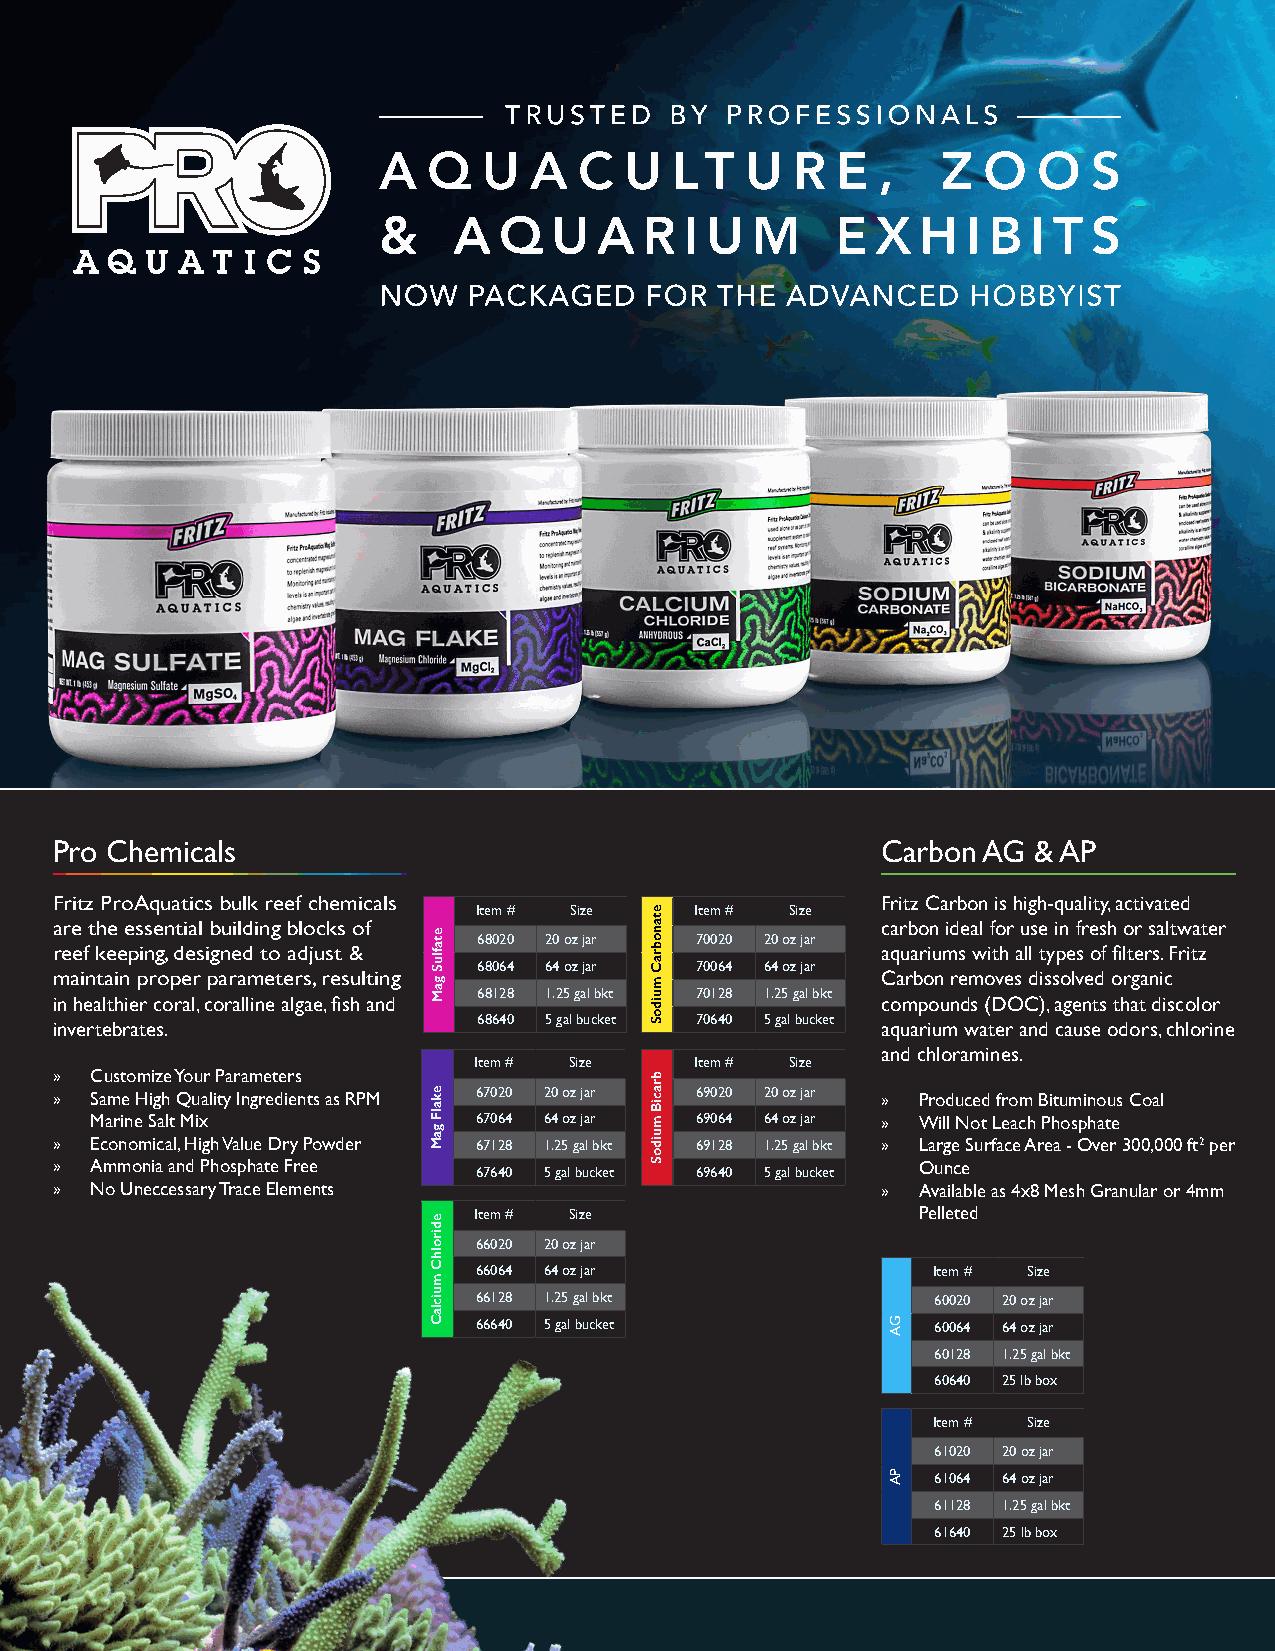
Pro Chemicals                                          Carbon AG & AP
 Fritz ProAquatics bulk reef chemicals                  Fritz Carbon is high-quality, activated
 Item # Size   Item # Size
 are the essential building blocks of                   carbon ideal for use in fresh or saltwater
 68020 20 oz jar 70020 20 oz jar
 reef keeping, designed to adjust &                     aquariums with all types of filters. Fritz
 68064 64 oz jar 70064 64 oz jar
 maintain proper parameters, resulting                  Carbon removes dissolved organic
 68128 1.25 gal bkt 70128 1.25 gal bkt
 in healthier coral, coralline algae, fish and          compounds (DOC), agents that discolor
 68640 5 gal bucket 70640 5 gal bucket
 invertebrates.                                         aquarium water and cause odors, chlorine
 and chloramines.
 Item # Size    Item # Size
 »  Customize Your Parameters
 »  Same High Quality Ingredients as RPM 67020 20 oz jar 69020 20 oz jar » Produced from Bituminous Coal
 Marine Salt Mix           67064 64 oz jar 69064 64 oz jar » Will Not Leach Phosphate
 »  Economical, High Value Dry Powder 67128 1.25 gal bkt 69128 1.25 gal bkt » Large Surface Area - Over 300,000 ft2 per
 »  Ammonia and Phosphate Free 67640 5 gal bucket 69640 5 gal bucket Ounce
 »  No Uneccessary Trace Elements                       »  Available as 4x8 Mesh Granular or 4mm
 Item # Size                   Pelleted
 66020 20 oz jar
 66064 64 oz jar               Item # Size
 66128 1.25 gal bkt            60020 20 oz jar
 66640 5 gal bucket            60064 64 oz jar
 60128 1.25 gal bkt
 60640 25 lb box
 Item # Size
 61020 20 oz jar
 61064 64 oz jar
 61128 1.25 gal bkt
 61640 25 lb box
 etafluS
 gaM
 ekalF
 gaM
 edirolhC
 muiclaC
 etanobraC
 muidoS
 braciB
 muidoS
 GA
 PA